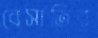
বেসাতির